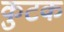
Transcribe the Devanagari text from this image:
कुटक